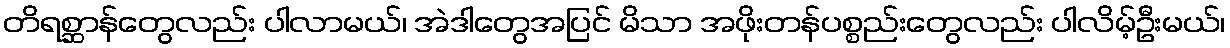
တိရစ္ဆာန်တွေလည်း ပါလာမယ်၊ အဲဒါတွေအပြင် မိသာ အဖိုးတန်ပစ္စည်းတွေလည်း ပါလိမ့်ဦးမယ်၊